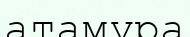
атамұра